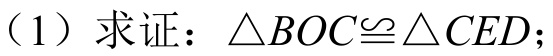
（1）求证：\(\triangle BOC\cong\triangle CED\)；